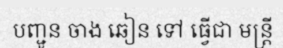
បញ្ជូន ចាង ឆៀន ទៅ ធ្វើជា មន្ត្រី